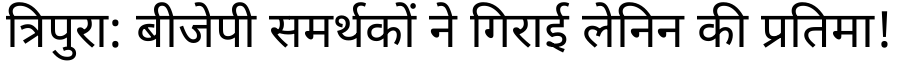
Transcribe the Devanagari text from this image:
त्रिपुरा: बीजेपी समर्थकों ने गिराई लेनिन की प्रतिमा!